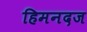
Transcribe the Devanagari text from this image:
हिमनदज